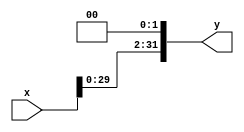
module left_shifter(
    input [31:0] x,
    output [31:0] y
);
    assign y = x << 2;
endmodule